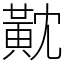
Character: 黆